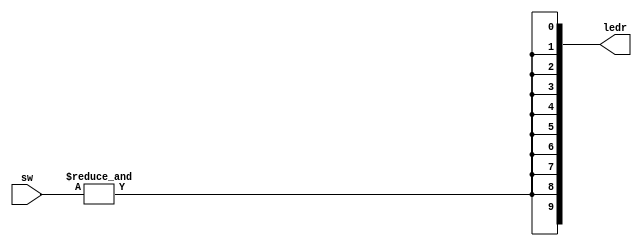
module check_me_1(
	input [4:0]sw,

	output [9:0]ledr
);

//wire [4:0]sw = 

wire temp;
assign temp = &sw[4:0]; //sw[4] & sw[3] & sw[2] & sw[1] & sw[0];
		 
assign ledr[9:0] = {10{temp}};

//assign ledr [9:0] = {{5{temp}}, 5'b11111};
//assign ledr [9:0] = 5'b11111 & {5{temp}};
//assign ledr = sw_0 & sw_1 ? 10'b1111111111 : 10'b0000000000;

endmodule